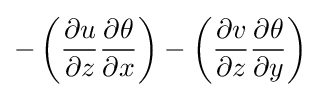
-\left({\frac {\partial u}{\partial z}}{\frac {\partial \theta }{\partial x}}\right)-\left({\frac {\partial v}{\partial z}}{\frac {\partial \theta }{\partial y}}\right)